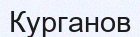
Курганов